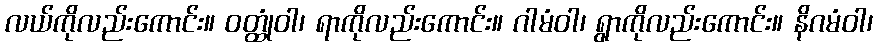
လယ်ကိုလည်းကောင်း။ ဝတ္ထုံဝါ၊ ရာကိုလည်းကောင်း။ ဂါမံဝါ၊ ရွာကိုလည်းကောင်း။ နိဂမံဝါ၊